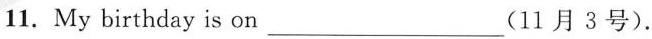
11. My birthday is on___(11 月3号).